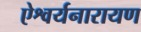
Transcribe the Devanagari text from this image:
ऐश्वर्यनारायण